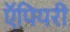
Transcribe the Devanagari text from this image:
ऍपियरी